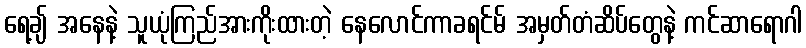
ရေ့ချ် အနေနဲ့ သူယုံကြည်အားကိုးထားတဲ့ နေလောင်ကာခရင်မ် အမှတ်တံဆိပ်တွေနဲ့ ကင်ဆာရောဂါ